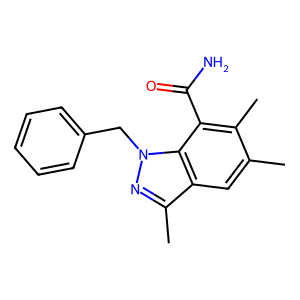
SMILES: Cc1cc2c(C)nn(Cc3ccccc3)c2c(C(N)=O)c1C
Inhibits HIV replication: No